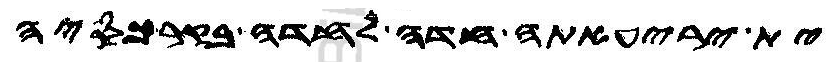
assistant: ית יריעאתה חדה לחדה בקרכסיה